Indian journal of veterinary science and animal husbandry - Volumes 26-27, 1956-1957
Year: 1956
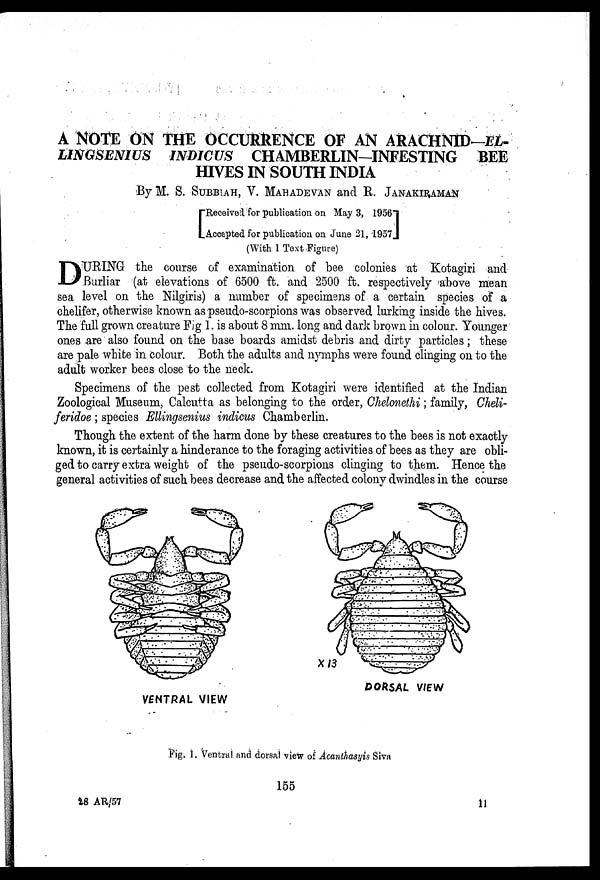
A NOTE ON THE OCCURRENCE OF AN ARACHNID-EL-
LINGSENIUS INDICUS CHAMBERLIN-INFESTING BEE
HIVES IN SOUTH INDIA
By M. S. SUBBIAH, V. MAHADEVAN and R. JANAKIRAMAN
[ Received for publication on May 3, 1956
Accepted for publication on June 21, 1957]
(With 1 Text Figure)
D URING the course of examination of bee colonies at Kotagiri and
Burliar (at elevations of 6500 ft. and 2500 ft. respectively above mean
sea level on the Nilgiris) a number of specimens of a certain species of a
chelifer, otherwise known as pseudo-scorpions was observed lurking inside the hives.
The full grown creature Fig 1. is about 8 mm. long and dark brown in colour. Younger
ones are also found on the base boards amidst debris and dirty particles; these
are pale white in colour. Both the adults and nymphs were found clinging on to the
adult worker bees close to the neck.
Specimens of the pest collected from Kotagiri were identified at the Indian
Zoological Museum, Calcutta as belonging to the order, Chelonethi; family, Cheli-
feridoe; species Ellingsenius indicus Chamberlin.
Though the extent of the harm done by these creatures to the bees is not exactly
known, it is certainly a hinderance to the foraging activities of bees as they are obli-
ged to carry extra weight of the pseudo-scorpions clinging to them. Hence the
general activities of such bees decrease and the affected colony dwindles in the course
Fig. 1. Ventral and dorsal view of Acanthasyis Siva
155
28 AR/57
11